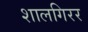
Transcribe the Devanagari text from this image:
शालगिरर